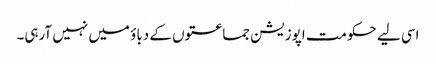
اسی لیے حکومت اپوزیشن جماعتوں کے دباؤ میں نہیں آرہی۔